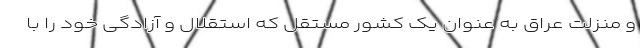
و منزلت عراق به عنوان یک کشور مستقل که استقلال و آزادگی خود را با